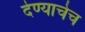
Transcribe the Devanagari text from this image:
देण्याचेच